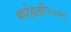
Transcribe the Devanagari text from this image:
कोहली२००८